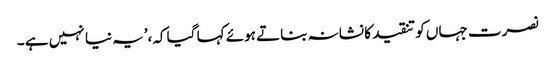
نصرت جہاں کو تنقید کا نشانہ بناتے ہوئے کہا گیا کہ،’یہ نیا نہیں ہے ۔